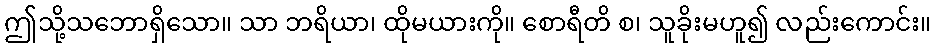
ဤသို့သဘောရှိသော။ သာ ဘရိယာ၊ ထိုမယားကို။ စောရီတိ စ၊ သူခိုးမဟူ၍ လည်းကောင်း။